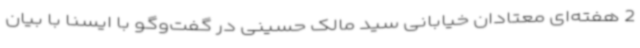
2 هفته‌ای معتادان خیابانی سید مالک حسینی در گفت‌وگو با ایسنا با بیان